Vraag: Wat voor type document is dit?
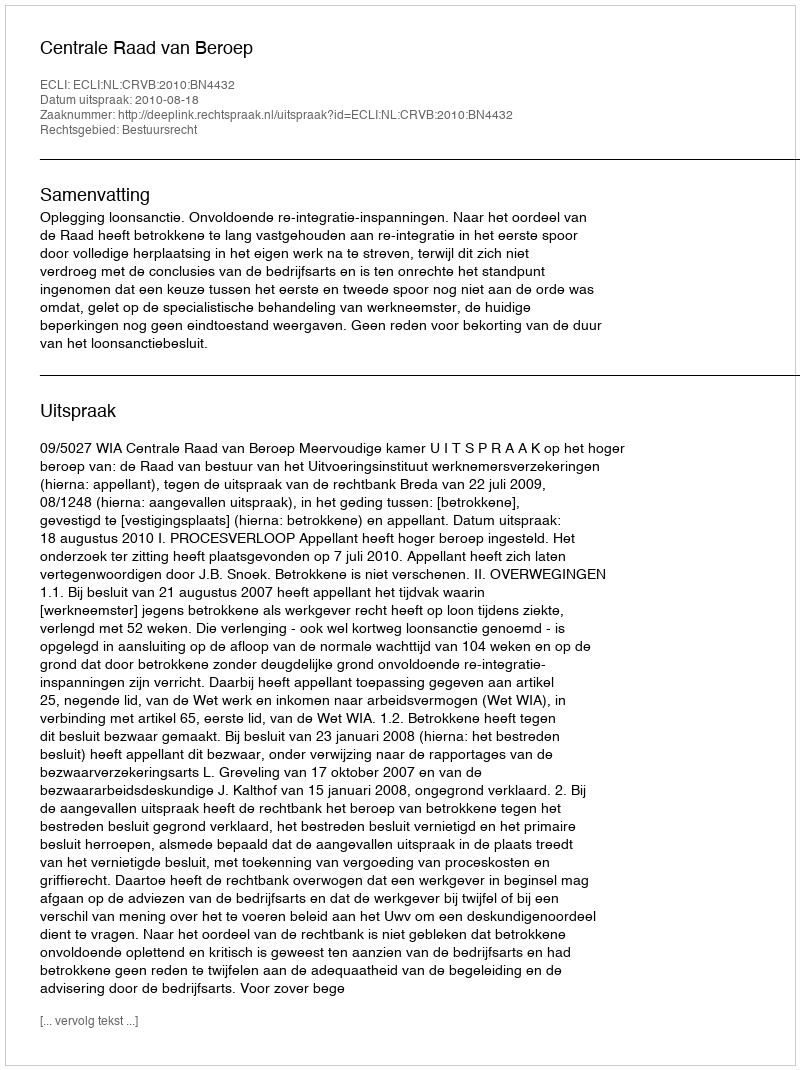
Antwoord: Uitspraak